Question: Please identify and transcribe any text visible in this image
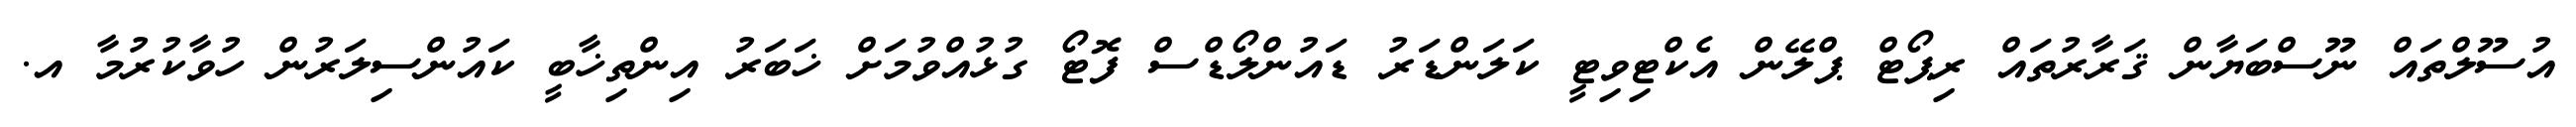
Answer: އުސޫލްތައް ނޫސްބަޔާން ޤަރާރުތައް ރިޕޯޓް ޕްލޭން އެކްޓިވިޓީ ކަލަންޑަރު ޑައުންލޯޑްސް ފޮޓޯ ގުޅުއްވުމަށް ޚަބަރު އިންތިޚާބީ ކައުންސިލަރުން ހުވާކުރުމާ އ.